Indian Medical Review
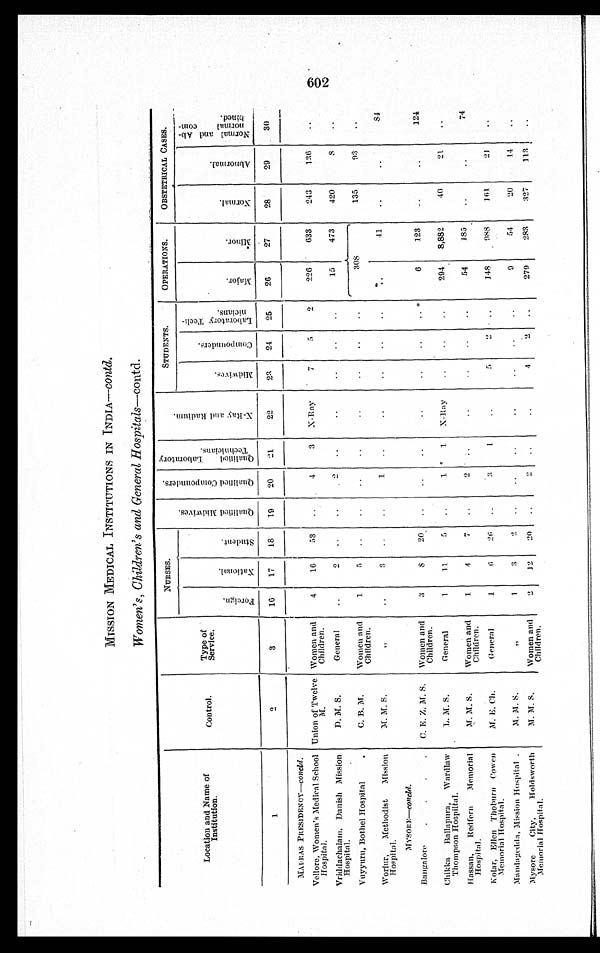
MISSION MEDICAL INSTITUTIONS IN INDIA—contd.
Women's, Children's and General Hospitals—contd.
Location and Name of
Institution.
Control.
Type of
Service.
NURSES.
Q u a l i f i e d M i d w i v e s .
Q u a l i f i e d C o m p o u n d e r s .
Q u a l i f i e d L a b o r a t o r y T e c h n i c i a n s .
X - R a y a n d R a d i u m .
STUDENTS.
OPERATIONS.
OBSTETRICAL CASES.
Foreign.
Na t i o n a l .
St udent .
M i d w i v e s .
C o mp o u n d e r s .
La b o r a t o r y Te c h -
nicians.
Maj or.
Mi nor.
Normal .
Abnor mal .
No r ma l a n d Ab -
nor ma l c om-
bined.
1
2
3
1 6
1 7
18
19
20
21
22
23
24
25
26
27
28
29
30
MADRAS PRESIDENCY—concld.
Vellore. Women's Medical School
Hospital.
Union of Twelve
M.
Women and
Children.
4
16
53
4
3 X-Ray
7
5
2
226
633
243
136
Vriddachalam, Danish Mission
Hospita l.
D. M. S.
General
2
2
15
473
420
8
Vuyyuru, Bothel Hospital
C. B. M.
Women and
Children.
1
5
308
135
93
Woriur, Methodist
Mission
Hospital.
M. M. S.
„
3
1
41
84
MYSORE—concld.
Bangalore
C. E. Z. M. S.
Women and
Children.
3
8
20
6
123
124
Chikka Ballapura, Wardlaw
Thompson Hospiltel.
L. M. S.
General
1
11
5
1
1
X-Ray
294
8,882
40
21
Hassan, Redfern Memorial
Hospital.
M. M. S.
Women and
Children.
1
4
7
2
54
185
74
Kolar, Ellen Thoburn Cowen
Memorial Hospital.
M. E. M.
General
1
6
26
3
1
5
2
148
9 8 8
1 6 1
21
Mandagedda, Mission Hospital
M. M. S.
,,
1
3
9
54
20
14
Mysore
City, H
oldsworth
Memorial Hospital.
M. M. S.
Women and
Children.
2
12
20
2
4
2
279
283
327
113